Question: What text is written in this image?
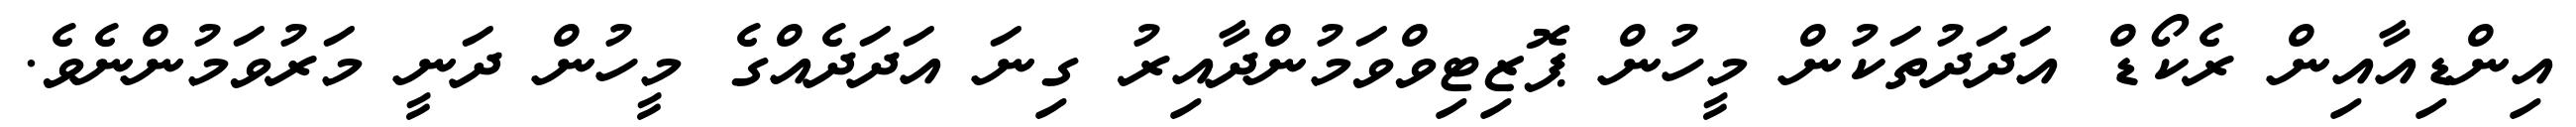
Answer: އިންޑިއާއިން ރެކޯޑް އަދަދުތަކުން މީހުން ޕޮޒިޓިވްވަމުންދާއިރު ގިނަ އަދަދެއްގެ މީހުން ދަނީ މަރުވަމުންނެވެ.